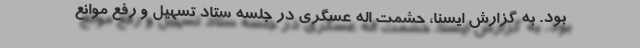
بود. به گزارش ایسنا، حشمت اله عسگری در جلسه ستاد تسهیل و رفع موانع